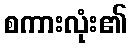
စကားလုံး၏